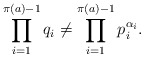
\begin{align*}\prod_{i = 1}^{\pi(a) - 1} q_i \neq \prod_{i = 1}^{\pi(a) - 1}p_i^{\alpha_i}. \end{align*}